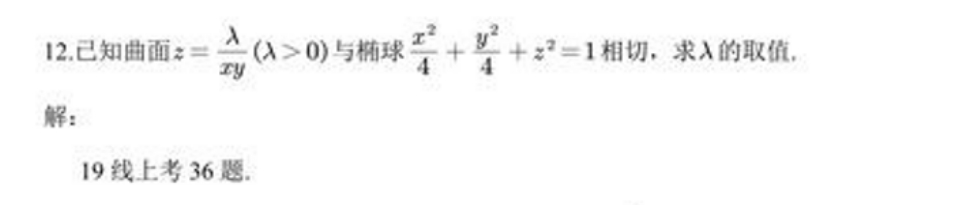
12.已知曲面\(z = \dfrac{\lambda}{xy}(\lambda>0)\)与椭球\(\dfrac{x^{2}}{4}+\dfrac{y^{2}}{4}+z^{2}=1\)相切，求\(\lambda\)的取值.
解：
19线上考36题.